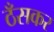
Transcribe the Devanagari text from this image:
ठँसकर